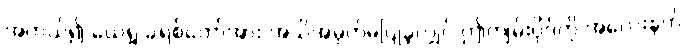
အကယ်၍ ယေရှု ခရစ်တော်အား အသိအမှတ်မပြုခဲ့လျှင် ဤကျမ်းပိုဒ်ကို အလေးနက်